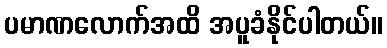
ပမာဏလောက်အထိ အပူခံနိုင်ပါတယ်။